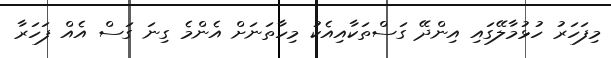
މިފަހަރު ހުޅުމާލޭގައި އިންދޭ ގަސްތަކާއިއެކު މިހާތަނަށް އެންމެ ގިނަ ގަސް އެއް ފަހަރާ